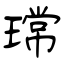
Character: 瑺